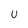
Character: U